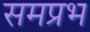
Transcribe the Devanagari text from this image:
समप्रभ